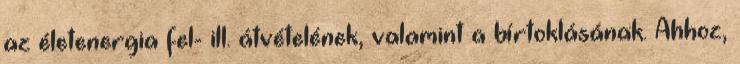
az életenergia fel- ill. átvételének, valamint a bírtoklásának. Ahhoz,